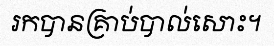
រកបានគ្រាប់បាល់សោះ។